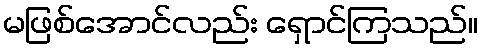
မဖြစ်အောင်လည်း ရှောင်ကြသည်။